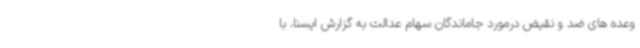
وعده های ضد و نقیض درمورد جاماندگان سهام عدالت به گزارش ایسنا، با